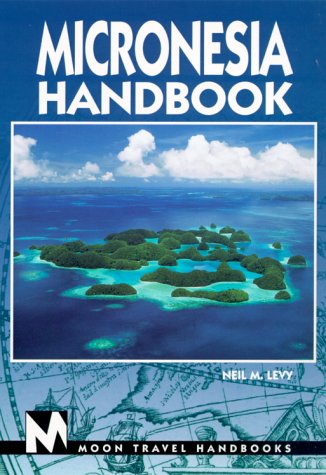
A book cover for Micronesia (Moon Micronesia); Neil M. Levy; Travel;